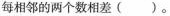
每相邻的两个数相差( )。